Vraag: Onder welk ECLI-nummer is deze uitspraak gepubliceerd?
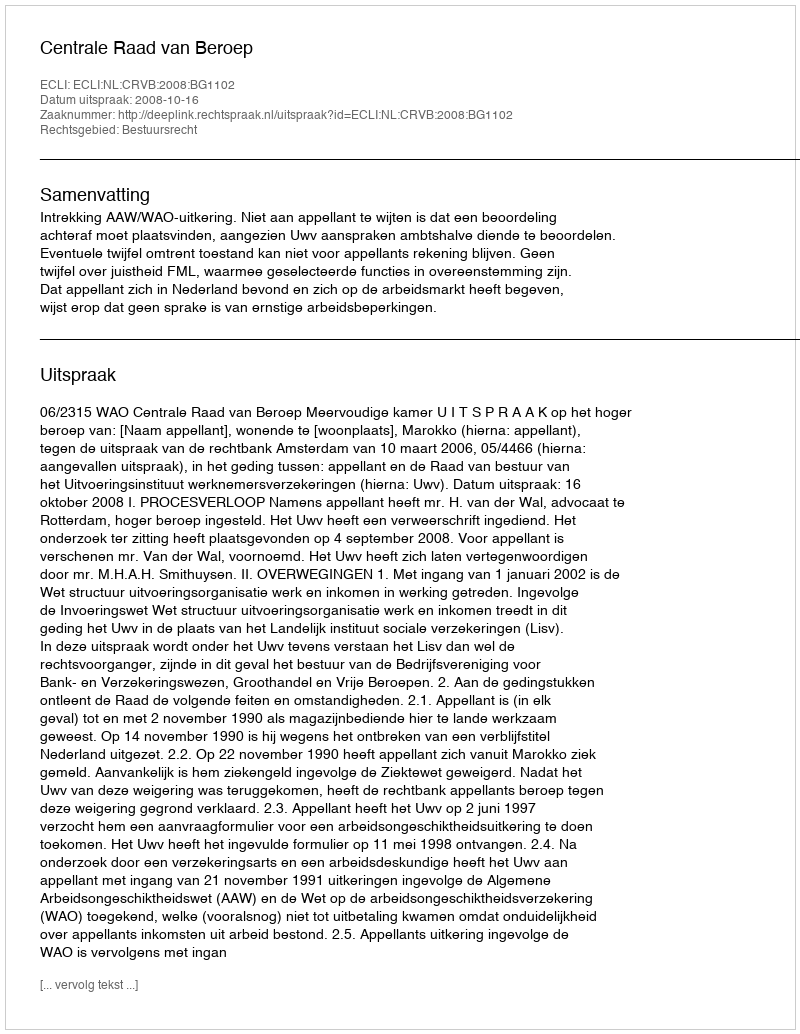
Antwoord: ECLI:NL:CRVB:2008:BG1102